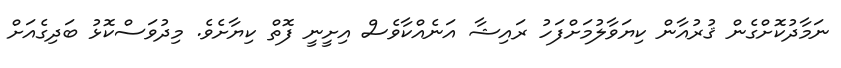
ނަމާދުކޮށްގެން ޤުރުއާން ކިޔަވާލުމަށްފަހު ރައިޝާ އަނެއްކާވެސް އިށީނީ ފޮތް ކިޔާށެވެ. މިދުވަސްކޮޅު ބަދިގެއަށް